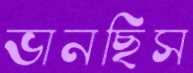
ভানছিস